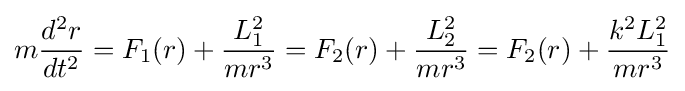
m{\frac {d^{2}r}{dt^{2}}}=F_{1}(r)+{\frac {L_{1}^{2}}{mr^{3}}}=F_{2}(r)+{\frac {L_{2}^{2}}{mr^{3}}}=F_{2}(r)+{\frac {k^{2}L_{1}^{2}}{mr^{3}}}